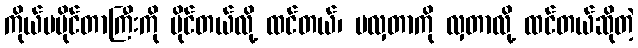
ကိုယ်မပိုင်တာကြီးကို ပိုင်တယ်လို့ ထင်တယ်၊ မလှတာကို လှတာလို့ ထင်တယ်ဆိုတဲ့